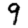
Digit: 9